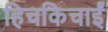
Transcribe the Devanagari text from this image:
हिचकिचाईं